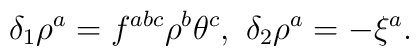
\delta_1 \rho^a = f^{abc}\rho^b\theta^c,\ \delta_2\rho^a=-\xi^a .